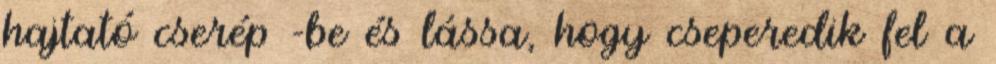
hajtató cserép -be és lássa, hogy cseperedik fel a